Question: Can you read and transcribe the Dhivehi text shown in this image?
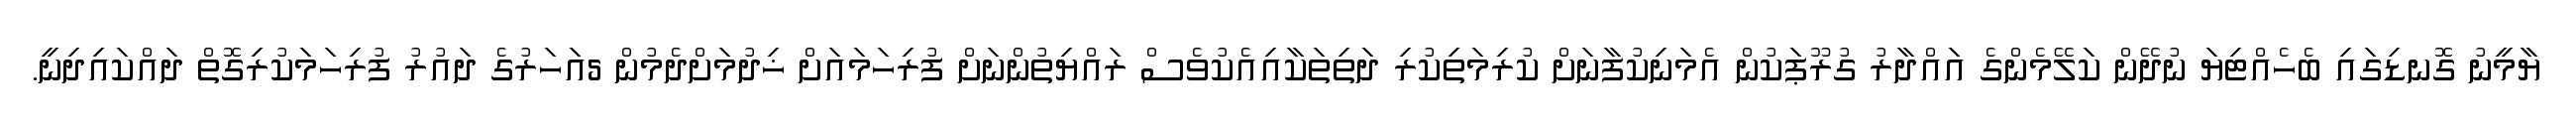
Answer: ޔާމީނު ގޮނޑިގައި ބެހެއްޓިޔަ ނުދޭން ކަލޭމެންގެ އައްދާރު ގުރޫޕަކުން އެމަނިކުފާނަށް ކުރިމަތިކުރި ދަތިތަކާއިއެކުވެސް ރައްޔިތުންނަށް ފުރިހަމައަށް ޚިދުމަށްދެމުން 5އަހަރުގެ ދައުރު ފުރިހަމަކުރިގޮތް ދައްކައިދިނީ.